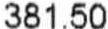
381.50